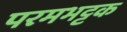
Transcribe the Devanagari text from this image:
परमभट्टक